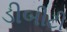
ડીબીટી